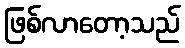
ဖြစ်လာတော့သည်